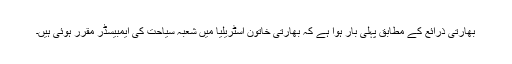
بھارتی ذرائع کے مطابق پہلی بار ہوا ہے کہ بھارتی خاتون آسٹریلیا میں شعبہ سیاحت کی ایمبیسڈر مقرر ہوئی ہیں۔